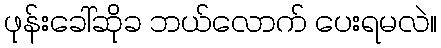
ဖုန်းခေါ်ဆိုခ ဘယ်လောက် ပေးရမလဲ။